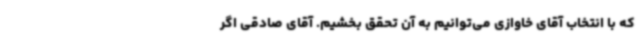
که با انتخاب آقای خاوازی می‌توانیم به آن تحقق بخشیم. آقای صادقی اگر